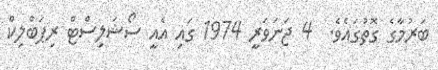
ބަރުމާގެ ގޮތުގައެވެ.  4 ޖަނަވަރީ 1974 ގައި އެއީ ސޯޝަލިސްޓް ރިޕަބްލިކް